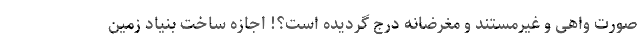
صورت واهی و غیرمستند و مغرضانه درج گردیده است؟! اجازه ساخت بنیاد زمین